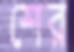
শের